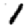
Digit: 1